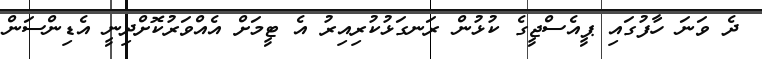
ދެ ވަނަ ހާފުގައި ޕީއެސްޖީގެ ކުޅުން ރަނގަޅުކުރިއިރު އެ ޓީމަށް އެއްވަރުކޮށްދިނީ އެޑިންސަން